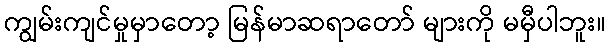
ကျွမ်းကျင်မှုမှာတော့ မြန်မာဆရာတော် များကို မမှီပါဘူး။